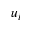
u _ { i }